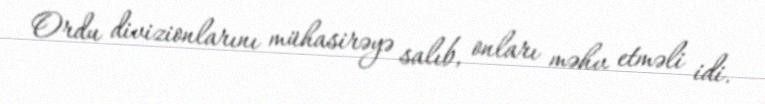
Ordu divizionlarını mühasirəyə salıb, onları məhv etməli idi.